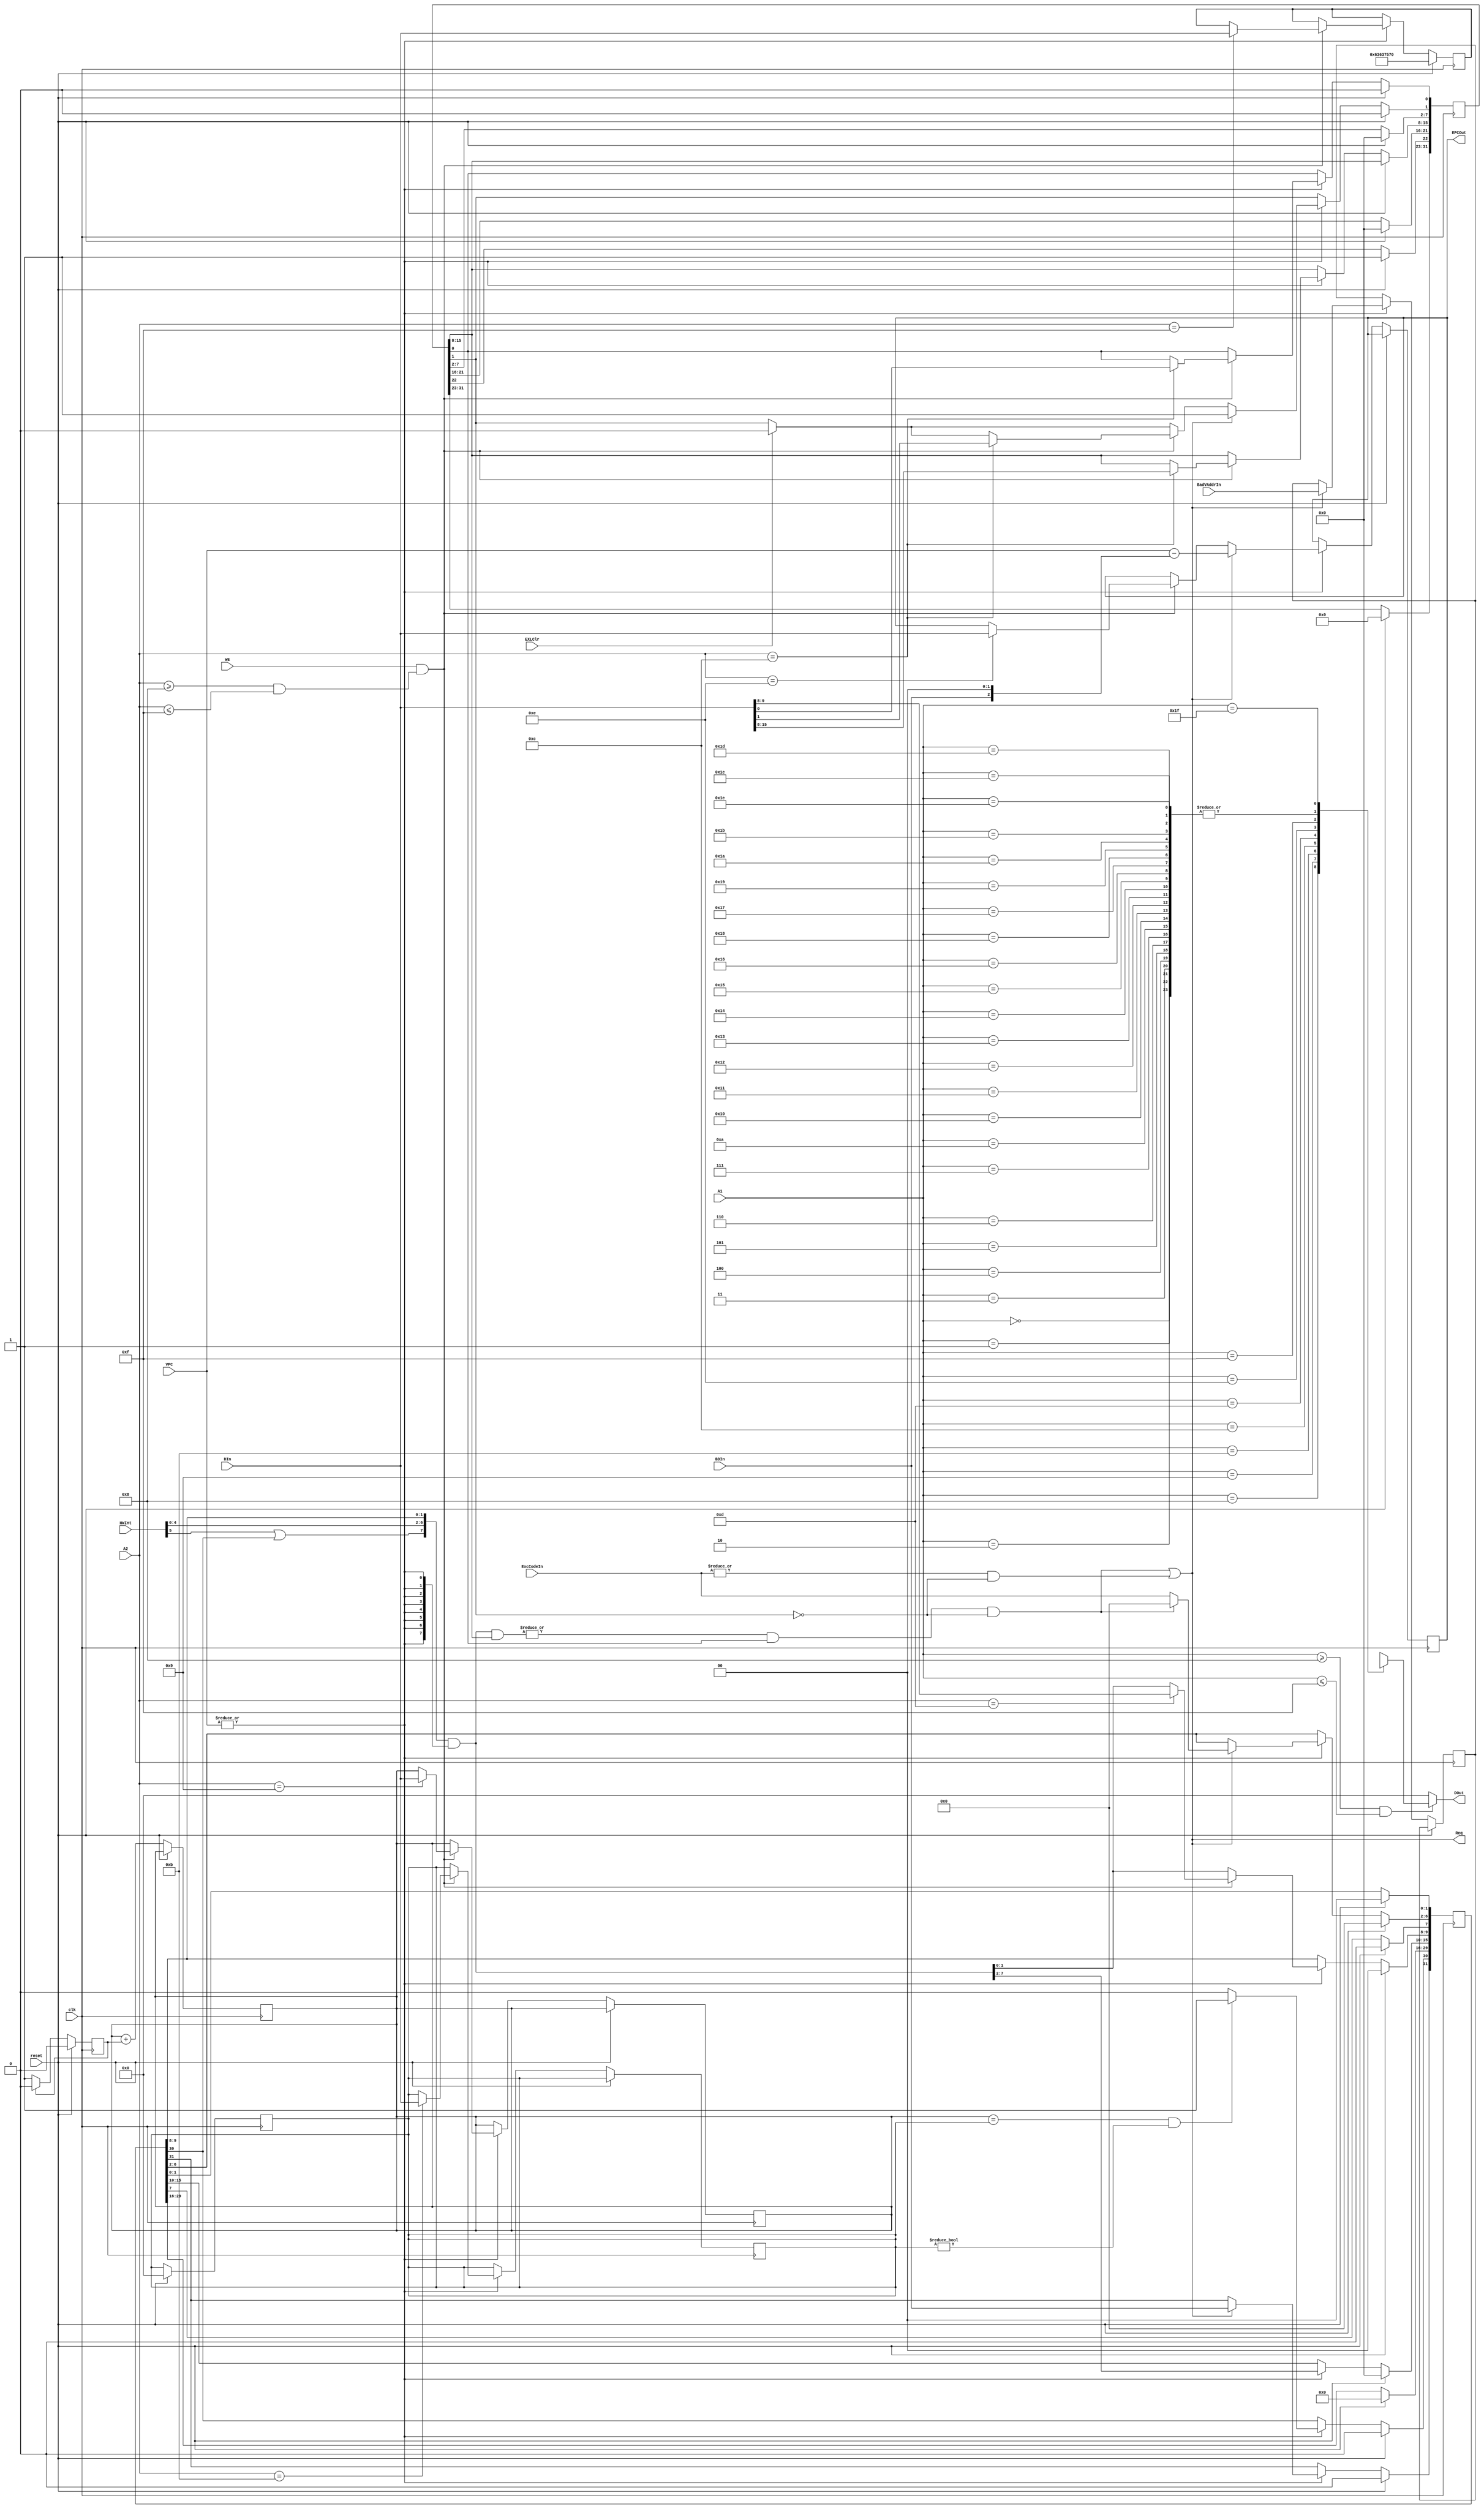
`define BadVAddr CP0reg[8]
`define Count    CP0reg[9]
`define Compare  CP0reg[11]
`define SR       CP0reg[12]
`define Cause    CP0reg[13]
`define EPC      CP0reg[14]
`define PrID     CP0reg[15]

`define Bev     `SR[22]              // read only
`define IM      `SR[15:8]            // state interrupt mask
`define EXL     `SR[1]               // in exception level
`define IE      `SR[0]               // interrupt enable

`define BD      `Cause[31]           // branch delay
`define TI      `Cause[30]           // timer interrupt
`define IP      `Cause[15:8]         // interrupt pending    hwint & swint
`define ExcCode `Cause[6:2]          // exccode cause

module CP0 (
    input clk,
    input reset,

    input        WE,
    input [ 4:0] A1,  // read
    input [ 4:0] A2,  // write
    input [31:0] DIn,

    output [31:0] DOut,

    input        BDIn,
    input [31:0] VPC,
    input [31:0] BadVAddrIn,
    input [ 4:0] ExcCodeIn,
    input [ 5:0] HWInt,
    input        EXLClr,    // eret

    output        Req,
    output [31:0] EPCOut
);
    reg     [31:0] CP0reg[0:31];

    reg     halfClk;

    integer        i;

    initial begin
        for (i = 0; i < 31; i = i + 1) begin
            CP0reg[i] <= 0;
        end
        `SR    <= 0;
        `EPC   <= 0;
        `Cause <= 0;
        `PrID  <= "h1ccup";
    end

    wire [7:0] Intsrc = {HWInt[5] | `TI, HWInt[4:0], `Cause[9:8]} & {8{|VPC}};
    wire IntReq     = (|(Intsrc & `IM)) && `IE && ~`EXL;
    wire ExcCodeReq = (|ExcCodeIn) && ~`EXL;

    assign Req    = IntReq | ExcCodeReq;
    // assign Req = 0;



    assign DOut   = (A1 >= 8 && A1 <= 15) ? CP0reg[A1] : 0;
    assign EPCOut = `EPC;


    always @(posedge clk) begin
        if (reset) begin
            `SR[31:23] <= 0;
            `SR[22]    <= 1;
            `SR[21:16] <= 0;
            `SR[7:0]   <= 0;
            `Cause <= 0;
            `PrID  <= "h1ccup";
        end else if (|VPC) begin
            `IP <= Intsrc;
            if (EXLClr) `EXL <= 1'b0;
            if (WE && (A2 >= 5'd8 && A2 <= 5'd15)) begin
                if (A2 == 5'd9)  `Count   <= DIn;
                if (A2 == 5'd11) `Compare <= DIn;
                if (A2 == 5'd12) begin
                    `SR[15:8] <= DIn[15:8];
                    `SR[ 1:0] <= DIn[1:0];                   
                end
                if (A2 == 5'd13) begin
                    `Cause[9:8] <= DIn[9:8];    
                end
                if (A2 == 5'd14) `EPC  <= DIn;
                if (A2 == 5'd15) `PrID <= DIn;
                
            end
            if (Req) begin
                `EPC     <= VPC - (BDIn << 2);             
                `BadVAddr <= BadVAddrIn;
                // Cause
                `EXL     <= 1'b1;
                `ExcCode <= IntReq ? 5'b0 : ExcCodeIn;
                `BD      <= BDIn;
            end
            // timer
            if (`Count == `Compare && `Compare != 32'd0) begin   // 
                `TI <= 1;
            end else begin
                `TI <= 0;
            end
        end
    end

    always @(posedge clk) begin
        if (reset) begin
            `Compare <= 0;
            halfClk  <= 0;
        end
        else begin
            `Count <= `Count + (halfClk == 1);
            halfClk <= (halfClk == 0) ? 1 : 0;
        end

    end


endmodule  //CP0